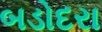
બડોદરા